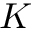
K